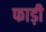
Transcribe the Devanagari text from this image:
फाड़ी